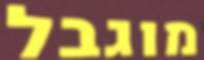
מוגבל